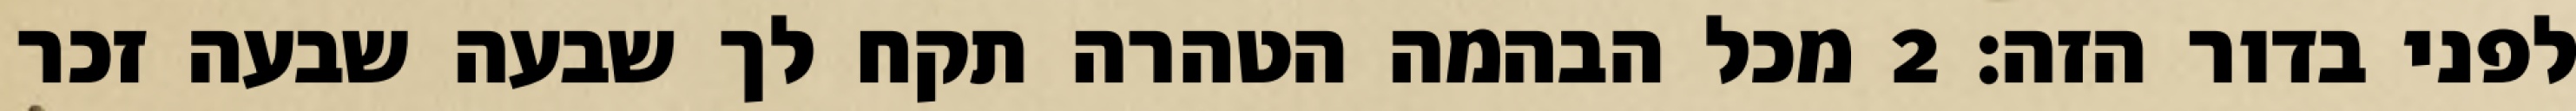
לפני בדור הזה׃ ‎2‏ מכל הבהמה הטהרה תקח לך שבעה שבעה זכר